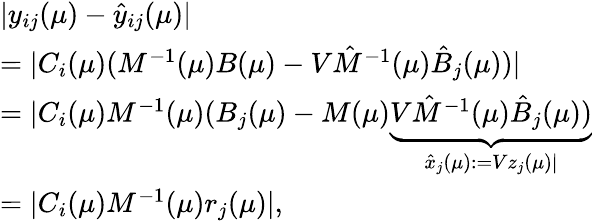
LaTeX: \begin{array}{l}{|y_{ij}(\mu)-\hat{y}_{ij}(\mu)|}\\ {=|C_{i}(\mu)(M^{-1}(\mu)B(\mu)-V\hat{M}^{-1}(\mu)\hat{B}_{j}(\mu))|}\\ {=|C_{i}(\mu)M^{-1}(\mu)(B_{j}(\mu)-M(\mu)\underbrace{V\hat{M}^{-1}(\mu)\hat{B}_{j}(\mu))}_{\hat{x}_{j}(\mu):=Vz_{j}(\mu)|}}\\ {=|C_{i}(\mu)M^{-1}(\mu)r_{j}(\mu)|,}\end{array}